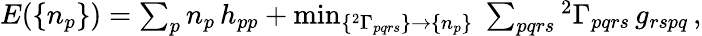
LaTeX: \begin{array}{r}{E(\{ n_{p}\} )=\sum_{p}n_{p}\, h_{pp}+\operatorname*{min}_{\{ {^{2}\Gamma_{pqrs}}\} \to\{ n_{p}\} }\; \sum_{pqrs}{^{2}\Gamma}_{pqrs}\, g_{rspq}\, ,}\end{array}